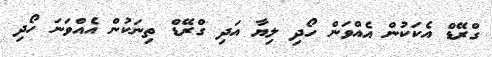
ގްރޭޑް އެކަކުން އެއްވަން ހޯދި ލިޔާ އަދި ގްރޭޑް ތިނަކުން އެއްވަނަ ހޯދި